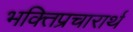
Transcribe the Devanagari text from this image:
भक्तिप्रचारार्थ